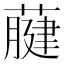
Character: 𦽇